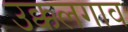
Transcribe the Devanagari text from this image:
उक्कलगाव